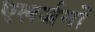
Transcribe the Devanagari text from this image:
एलर्जनों